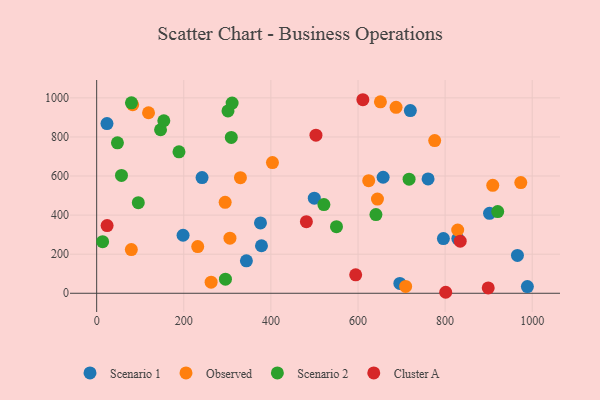
{"axis": {"x": "Price", "y": "Salary"}, "legend": ["Cluster A", "Observed", "Scenario 1", "Scenario 2"], "data": [{"x": "902.0", "y": 409.1, "type": "Scenario 1"}, {"x": "829.2", "y": 279.7, "type": "Scenario 1"}, {"x": "499.7", "y": 486.9, "type": "Scenario 1"}, {"x": "720.2", "y": 934.8, "type": "Scenario 1"}, {"x": "657.7", "y": 593.7, "type": "Scenario 1"}, {"x": "988.9", "y": 34.4, "type": "Scenario 1"}, {"x": "966.1", "y": 193.8, "type": "Scenario 1"}, {"x": "760.9", "y": 585.0, "type": "Scenario 1"}, {"x": "198.4", "y": 297.0, "type": "Scenario 1"}, {"x": "23.7", "y": 868.7, "type": "Scenario 1"}, {"x": "242.0", "y": 592.3, "type": "Scenario 1"}, {"x": "343.8", "y": 165.9, "type": "Scenario 1"}, {"x": "378.4", "y": 243.1, "type": "Scenario 1"}, {"x": "696.1", "y": 50.5, "type": "Scenario 1"}, {"x": "376.1", "y": 360.1, "type": "Scenario 1"}, {"x": "796.1", "y": 279.7, "type": "Scenario 1"}, {"x": "909.4", "y": 552.6, "type": "Observed"}, {"x": "624.6", "y": 576.0, "type": "Observed"}, {"x": "262.8", "y": 57.0, "type": "Observed"}, {"x": "973.8", "y": 566.7, "type": "Observed"}, {"x": "295.0", "y": 465.6, "type": "Observed"}, {"x": "119.1", "y": 923.8, "type": "Observed"}, {"x": "82.7", "y": 964.8, "type": "Observed"}, {"x": "651.5", "y": 980.0, "type": "Observed"}, {"x": "828.9", "y": 323.8, "type": "Observed"}, {"x": "403.6", "y": 669.1, "type": "Observed"}, {"x": "644.7", "y": 482.2, "type": "Observed"}, {"x": "709.4", "y": 35.2, "type": "Observed"}, {"x": "687.4", "y": 951.6, "type": "Observed"}, {"x": "232.0", "y": 239.0, "type": "Observed"}, {"x": "306.0", "y": 282.1, "type": "Observed"}, {"x": "776.1", "y": 781.6, "type": "Observed"}, {"x": "330.1", "y": 591.6, "type": "Observed"}, {"x": "79.6", "y": 223.8, "type": "Observed"}, {"x": "301.5", "y": 933.1, "type": "Scenario 2"}, {"x": "521.7", "y": 454.1, "type": "Scenario 2"}, {"x": "189.0", "y": 724.1, "type": "Scenario 2"}, {"x": "920.8", "y": 418.0, "type": "Scenario 2"}, {"x": "146.7", "y": 836.9, "type": "Scenario 2"}, {"x": "47.7", "y": 769.7, "type": "Scenario 2"}, {"x": "309.1", "y": 797.6, "type": "Scenario 2"}, {"x": "641.2", "y": 402.8, "type": "Scenario 2"}, {"x": "57.0", "y": 603.0, "type": "Scenario 2"}, {"x": "13.7", "y": 264.3, "type": "Scenario 2"}, {"x": "154.2", "y": 882.8, "type": "Scenario 2"}, {"x": "79.9", "y": 974.4, "type": "Scenario 2"}, {"x": "311.0", "y": 973.4, "type": "Scenario 2"}, {"x": "95.6", "y": 463.5, "type": "Scenario 2"}, {"x": "295.7", "y": 71.9, "type": "Scenario 2"}, {"x": "717.3", "y": 583.9, "type": "Scenario 2"}, {"x": "550.6", "y": 340.8, "type": "Scenario 2"}, {"x": "481.5", "y": 366.6, "type": "Cluster A"}, {"x": "503.5", "y": 809.2, "type": "Cluster A"}, {"x": "24.0", "y": 346.2, "type": "Cluster A"}, {"x": "834.7", "y": 266.6, "type": "Cluster A"}, {"x": "899.0", "y": 27.4, "type": "Cluster A"}, {"x": "611.2", "y": 990.5, "type": "Cluster A"}, {"x": "801.4", "y": 5.1, "type": "Cluster A"}, {"x": "594.7", "y": 94.4, "type": "Cluster A"}]}